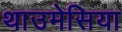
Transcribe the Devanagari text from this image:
थाउमेसिया